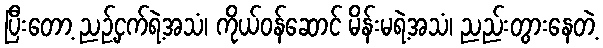
ပြီးတော့ ညဥ့်ငှက်ရဲ့အသံ၊ ကိုယ်ဝန်ဆောင် မိန်းမရဲ့အသံ၊ ညည်းတွားနေတဲ့